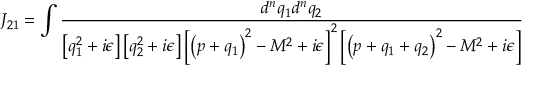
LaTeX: J _ { 2 1 } = \int { \frac { d ^ { n } q _ { 1 } d ^ { n } q _ { 2 } } { \left[ q _ { 1 } ^ { 2 } + i \epsilon \right] \left[ q _ { 2 } ^ { 2 } + i \epsilon \right] \left[ \left( p + q _ { 1 } \right) ^ { 2 } - M ^ { 2 } + i \epsilon \right] ^ { 2 } \left[ \left( p + q _ { 1 } + q _ { 2 } \right) ^ { 2 } - M ^ { 2 } + i \epsilon \right] } }